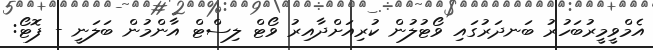
އެމްވީމީރުބަހުރު ބަނދަރުގައި ވޯޓުލުން ކުރިއަށްދާއިރު ވޯޓް ލިސްޓް އާންމުން ބަލަނީ - ފޮޓޯ: